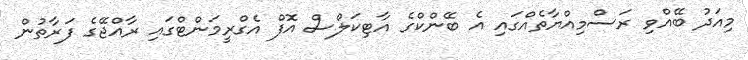
މިއަދު ބޭއްވި ރަސްމިއްޔާތެއްގައި އެ ބޭންކްގެ އާޓިކަލްސް އޮފް އެގްރީމަންޓްގައި ރާއްޖޭގެ ފަރާތުން